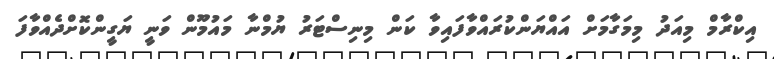
އިކްރާމް މިއަދު މިމަގާމަށް އައްޔަންކުރައްވާފައިވާ ކަން މިނިސްޓަރު ޔުމްނާ މައުމޫން ވަނީ ޔަގީންކޮށްދެއްވާފަ